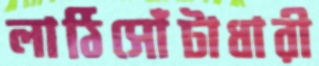
লাঠিসোঁটাধারী